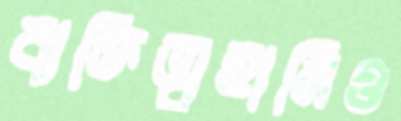
ব্যক্তিত্বহানিও